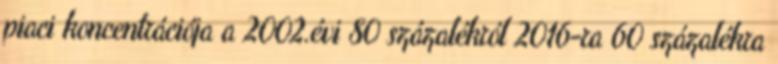
piaci koncentrációja a 2002.évi 80 százalékról 2016-ra 60 százalékra